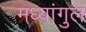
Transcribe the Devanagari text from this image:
मध्यांगुल